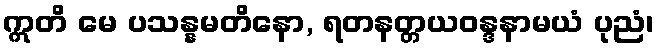
ဣတိ မေ ပသန္နမတိနော, ရတနတ္တယဝန္ဒနာမယံ ပုညံ၊